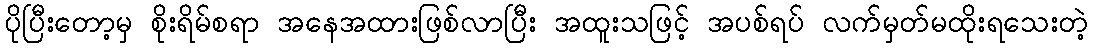
ပိုပြီးတော့မှ စိုးရိမ်စရာ အနေအထားဖြစ်လာပြီး အထူးသဖြင့် အပစ်ရပ် လက်မှတ်မထိုးရသေးတဲ့